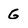
Character: G